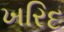
ખરિદ